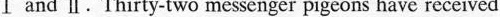
I and Ⅱ.Thirty-two messenger pigeons have received